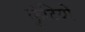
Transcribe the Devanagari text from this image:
कुंटियों